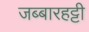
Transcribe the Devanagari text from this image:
जब्‍बारहट्टी